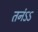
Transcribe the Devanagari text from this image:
तनंऽऽ